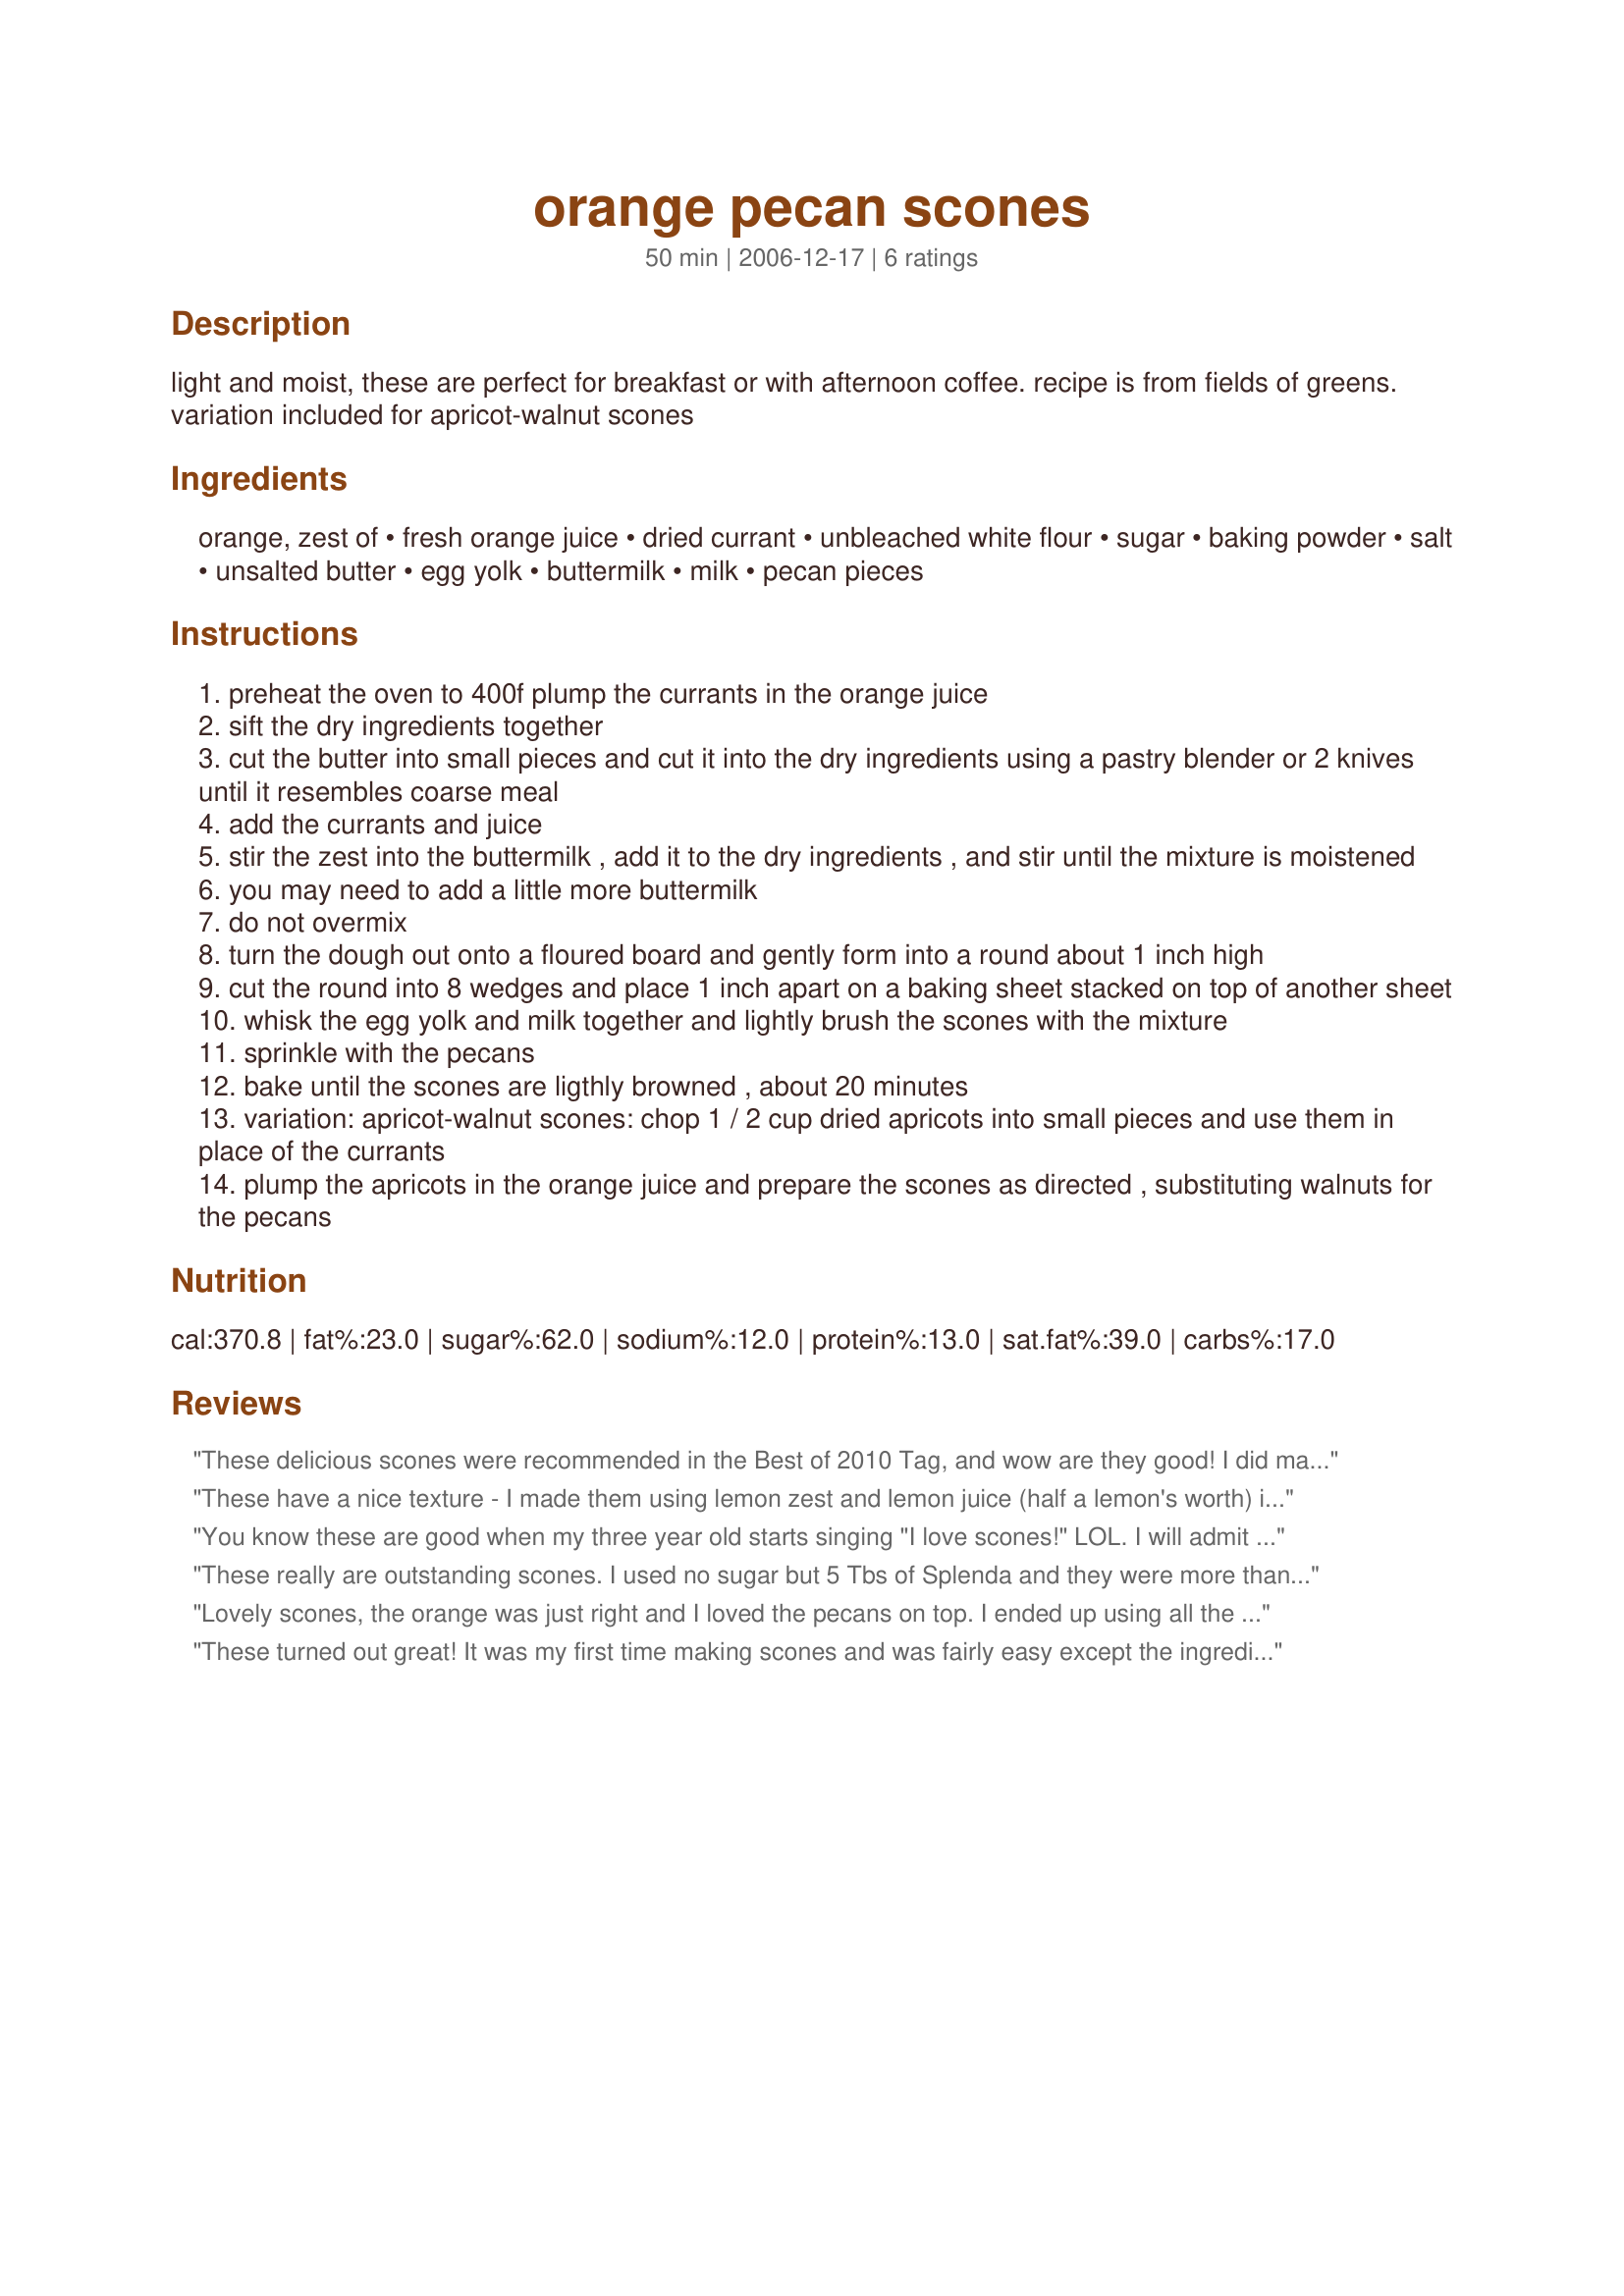
orange pecan scones
Preparation time: 50 minutes

light and moist, these are perfect for breakfast or with afternoon coffee. recipe is from fields of greens. variation included for apricot-walnut scones

Ingredients:
orange, zest of, fresh orange juice, dried currant, unbleached white flour, sugar, baking powder, salt, unsalted butter, egg yolk, buttermilk, milk, pecan pieces

Steps:
preheat the oven to 400f plump the currants in the orange juice
sift the dry ingredients together
cut the butter into small pieces and cut it into the dry ingredients using a pastry blender or 2 knives until it resembles coarse meal
add the currants and juice
stir the zest into the buttermilk , add it to the dry ingredients , and stir until the mixture is moistened
you may need to add a little more buttermilk
do not overmix
turn the dough out onto a floured board and gently form into a round about 1 inch high
cut the round into 8 wedges and place 1 inch apart on a baking sheet stacked on top of another sheet
whisk the egg yolk and milk together and lightly brush the scones with the mixture
sprinkle with the pecans
bake until the scones are ligthly browned , about 20 minutes
variation: apricot-walnut scones: chop 1 / 2 cup dried apricots into small pieces and use them in place of the currants
plump the apricots in the orange juice and prepare the scones as directed , substituting walnuts for the pecans

Reviews:
These delicious scones were recommended in the Best of 2010 Tag, and wow are they good! I did make a few changes, for personal preferance, and due to what I had on hand: I used light butter, subbed 1 cup of frozen cranberries instead of the currants, subbed in 1 cup of spelt flour, used brown sugar, and added a 1/2 cup of pecans in the scones as well. On top, I sprinkled Starrynews' Spiced Sugar - a standard on scones and quick breads around here! And, I made a glaze with some left over fresh squeezed orange juice (a couple of tablespoons at most) and enough icing sugar to make a glaze-like consistency. While this sure looked nice, in future I'd make them without it, as per the recipe, as it upset the sweet-tart balance from the orange and cranberry. These were absolutely fantastic!!! Thanks so much Cookiedog!
These have a nice texture - I made them using lemon zest and lemon juice (half a lemon's worth) in place of the orange - just personal preference and did use the currants and pecans. Did everything else exactly as directed - the lemon was the only sub. FYI - I did not need to double the pans as I used an insulated cookie sheet with my Silpat on it and they came out fine. I think you only need double pans when using a single layer, uninsulated cookie sheet/pan. I baked for 20 minutes and I think they turned out lovely. Hope you can tell from the pic, that isn't really my strong point! I may try almond next time!! Thanks for a nice recipe!
You know these are good when my three year old starts singing "I love scones!" LOL. I will admit straightaway that I made a few changes to "health" these up a little bit, but they came out so light and delicious that you couldn't even tell and I credit that to a well-written recipe. I used half oat flour and half white wheat, used fresh cranberries for the currants (a fave of DH's), and omitted the nuts as DH doesn't care for them in pastries. I used Smart Balance for the butter as well. Thanks so much for posting! I especially love the tip about the double pan. Made for Best of 2010 Tag.
These really are outstanding scones. I used no sugar but 5 Tbs of Splenda and they were more than sweet enough with the fruit and juice, in fact I'll cut back a bit next time and replaced 1 cup of flour with whole wheat flour. I cut the fat by using 1/4 cup if butter and 1/4 cup of applesauce. Because of the soured milk (skim milk with lemon juice) I added 3/4 tsp of soda and skipped the egg yolk glaze to save the cholesterol. Even with these swaps the flavor and baking aroma is fantastic and the rise superb! I didn't have currents and couldn't decide between raisins and apricots so I used a bit of both and put chopped walnuts into the dough. Even wuth whole wheat these are light, tender
and totally yummy. Thank you Cookie, thank you, for a recipe so delish and so willing to adapt to the needs of a diabetic. Happy Valentines hon, smooch!
Lovely scones, the orange was just right and I loved the pecans on top. I ended up using all the juice from the orange for the dough to be able to come together I also used the whole egg because I wasn't paying close enough attention : ) I served these with raspberry freezer jam and whipped cream. Thanks you Unruly Cookie! Made for ZWT 6 for the Unrulies Under the Influence.
These turned out great! It was my first time making scones and was fairly easy except the ingredients don't list how much buttermilk to use...So I mixed a cup of lowfat milk with the juice of 1 small meyer lemon and ended up adding all of it. I also added a couple of tablespoons of heavy cream. They came out very nice a moist but not quite flavorful or sweet enough for me so I added a glaze made from fresh squeezed OJ and sugar and that is what made them wonderful to me. I shared them with family members that were visiting and they wanted to take some home for breakfast tomorrow...They had just had some at Starbucks and thought these were better. Made for Zaar Tag.
